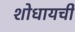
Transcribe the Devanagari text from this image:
शोधायची